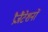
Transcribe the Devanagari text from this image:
प्रैजैंटेशनों